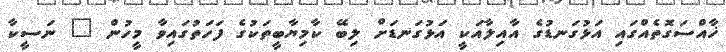
ޚާއްސަގޮތެއްގައި އަޅުގަނޑުގެ އާއިލާއަކީ އަޅުގަނޑަށް ލިބޭ ކާމިޔާބީތަކުގެ ފަަހަތުގައިވާ މީހުން " ނަސީކާ